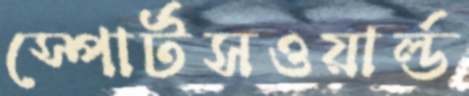
স্পোর্টসওয়ার্ল্ড